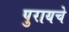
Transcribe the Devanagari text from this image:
पुरायचे